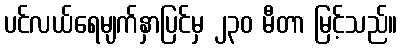
ပင်လယ်ရေမျက်နှာပြင်မှ ၂၃၀ မီတာ မြင့်သည်။